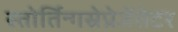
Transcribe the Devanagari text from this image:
स्तोर्तिन्गस्रेप्रेजेंतेटर